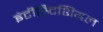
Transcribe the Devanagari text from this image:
इंटीस्र्टिशियल